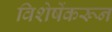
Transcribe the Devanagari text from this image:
विशेषेंकरून